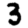
Digit: 3